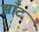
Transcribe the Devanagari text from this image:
झाँट